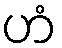
ဟံ